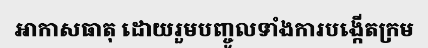
អាកាសធាតុ ដោយរួមបញ្ចូលទាំងការបង្កើតក្រម